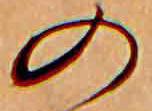
の